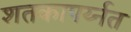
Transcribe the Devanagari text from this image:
शतकापर्य्नत